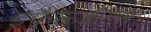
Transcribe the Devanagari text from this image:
इफैल्जीन्स